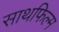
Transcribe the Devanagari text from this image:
साथफिल्म